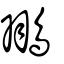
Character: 翵